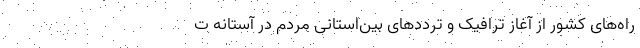
راه‌های کشور از آغاز ترافیک و ترددهای بین‌استانی مردم در آستانه ت